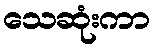
သေဆုံးကာ